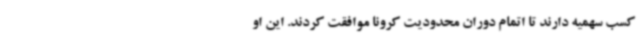
کسب سهمیه دارند تا اتمام دوران محدودیت کرونا موافقت کردند. این او